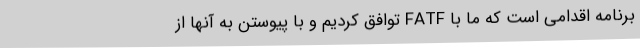
برنامه اقدامی است که ما با FATF توافق کردیم و با پیوستن به آنها از